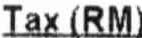
TAX (RM)